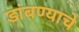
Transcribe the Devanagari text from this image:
डांबण्याचे